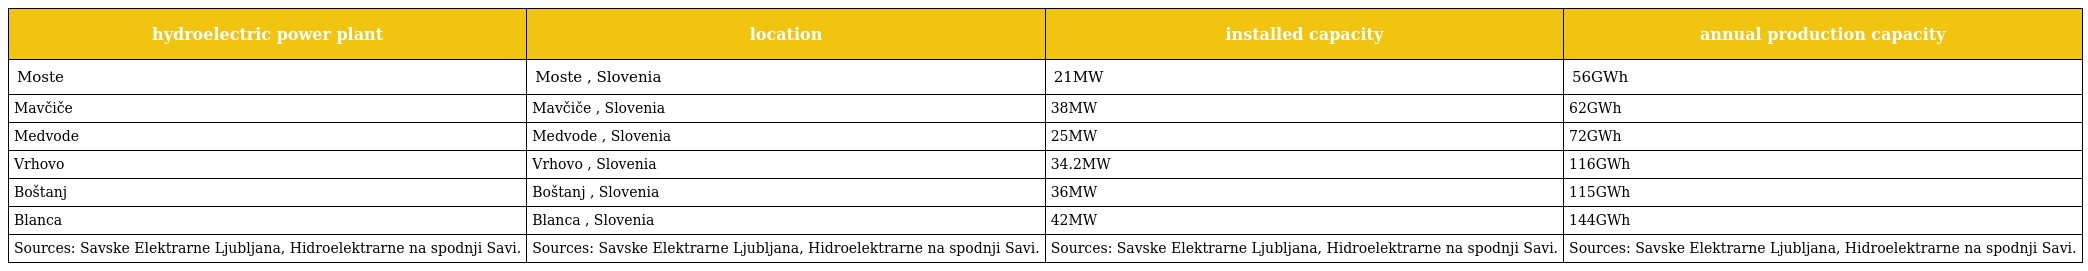
| hydroelectric power plant | location | installed capacity | annual production capacity |
 | --- | --- | --- | --- |
 | Moste | Moste , Slovenia | 21MW | 56GWh |
 | Mavčiče | Mavčiče , Slovenia | 38MW | 62GWh |
 | Medvode | Medvode , Slovenia | 25MW | 72GWh |
 | Vrhovo | Vrhovo , Slovenia | 34.2MW | 116GWh |
 | Boštanj | Boštanj , Slovenia | 36MW | 115GWh |
 | Blanca | Blanca , Slovenia | 42MW | 144GWh |
 | Sources: Savske Elektrarne Ljubljana, Hidroelektrarne na spodnji Savi. | Sources: Savske Elektrarne Ljubljana, Hidroelektrarne na spodnji Savi. | Sources: Savske Elektrarne Ljubljana, Hidroelektrarne na spodnji Savi. | Sources: Savske Elektrarne Ljubljana, Hidroelektrarne na spodnji Savi. |